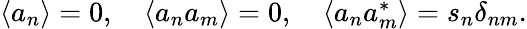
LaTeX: \begin{array}{r}{\langle a_{n}\rangle=0,\quad\langle a_{n}a_{m}\rangle=0,\quad\langle a_{n}a_{m}^{*}\rangle=s_{n}\delta_{nm}.}\end{array}